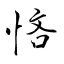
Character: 悋